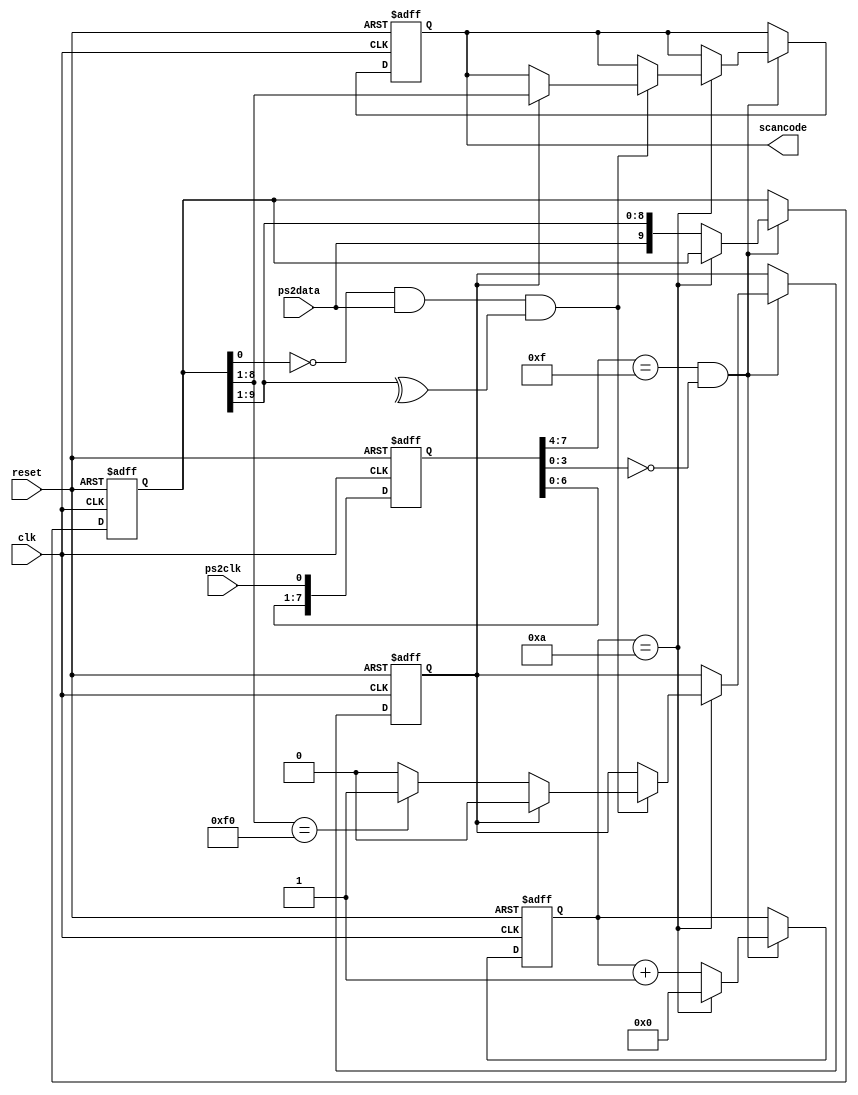
module kbd_protocol (reset, clk, ps2clk, ps2data, scancode);
  input        reset, clk, ps2clk, ps2data;
  output [7:0] scancode;
  reg    [7:0] scancode;
  
  // Synchronize ps2clk to local clock and check for falling edge;
  reg    [7:0] ps2clksamples; // Stores last 8 ps2clk samples

  always @(posedge clk or posedge reset)
    if (reset) ps2clksamples <= 8'd0;
      else ps2clksamples <= {ps2clksamples[7:0], ps2clk};

  wire fall_edge; // indicates a falling_edge at ps2clk
  assign fall_edge = (ps2clksamples[7:4] == 4'hF) & (ps2clksamples[3:0] == 4'h0);

  reg    [9:0] shift;   // Stores a serial package, excluding the stop bit;
  reg    [3:0] cnt;     // Used to count the ps2data samples stored so far
  reg          f0;      // Used to indicate that f0 was encountered earlier
  
  // A simple FSM is implemented here. Grab a whole package,
  // check its parity validity and output it in the scancode
  // only if the previous read value of the package was F0
  // that is, we only trace when a button is released, NOT when it is
  // pressed.
  
  always @(posedge clk or posedge reset)
    if (reset) 
      begin
        cnt    <= 4'd0;
        scancode <= 8'd0;
        shift    <= 10'd0;
        f0       <= 1'b0;
      end  
     else if (fall_edge)
         begin
           if (cnt == 4'd10) // we just received what should be the stop bit
             begin
               cnt <= 0;
               if ((shift[0] == 0) && (ps2data == 1) && (^shift[9:1]==1)) // A well received serial packet
                 begin
                   if (f0) // following a scancode of f0. So a key is released ! 
                     begin
                       scancode <= shift[8:1];
                       f0 <= 0;
                     end
                    else if (shift[8:1] == 8'hF0) f0 <= 1'b1;
                 end // All other packets have to do with key presses and are ignored
             end
            else
             begin
               shift <= {ps2data, shift[9:1]}; // Shift right since LSB first is transmitted
               cnt <= cnt+1;
             end
         end
endmodule



module scan_2_7seg (scan, ss);
  input  [7:0] scan;
  output [7:0] ss;

  
  assign ss = (scan == 8'h45) ? 8'b01111110 :
              (scan == 8'h16) ? 8'b00110000 :
              (scan == 8'h1E) ? 8'b01101101 :
              (scan == 8'h26) ? 8'b01111001 :
              (scan == 8'h25) ? 8'b00110011 :
              (scan == 8'h2E) ? 8'b01011011 :
              (scan == 8'h36) ? 8'b01011111 :
              (scan == 8'h3D) ? 8'b01110010 :
              (scan == 8'h3E) ? 8'b01111111 :
              (scan == 8'h46) ? 8'b01111011 : 8'b10000000 ;
endmodule 



module eight (reset, clk, ps2clk, ps2data, left);
  input        reset, clk;
  input        ps2clk, ps2data;
  output [7:0] left;
  wire   [7:0] scan;
  
  kbd_protocol kbd (reset, clk, ps2clk, ps2data, scan);
  scan_2_7seg  lft (scan, left);
endmodule